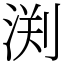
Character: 渕